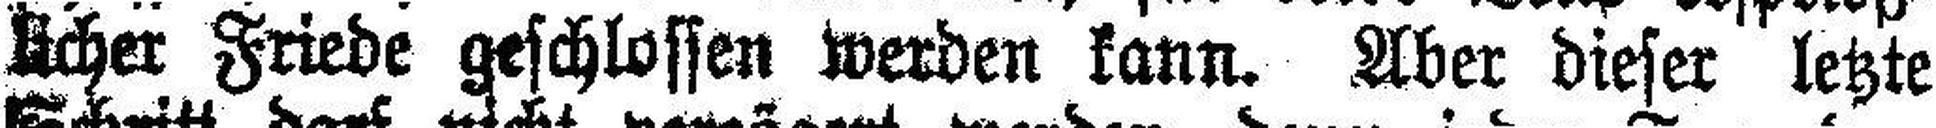
licher Friede geschlossen werden kann. Aber dieser letzte